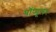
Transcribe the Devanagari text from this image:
पॉप्यूलर